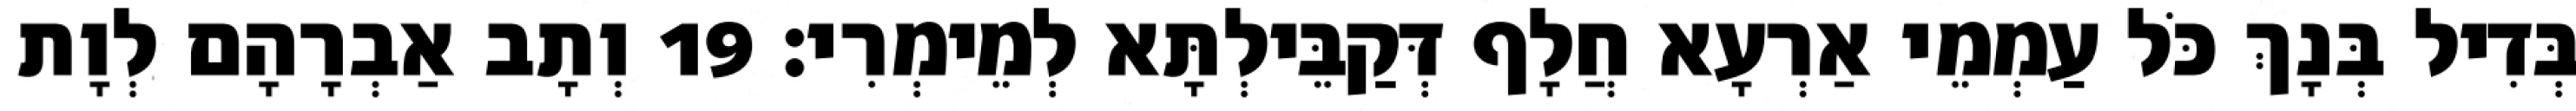
בְּדִיל בְּנָךְ כֹּל עַמְמֵי אַרְעָא חֲלָף דְּקַבֵּילְתָּא לְמֵימְרִי׃ 19 וְתָב אַבְרָהָם לְוָת